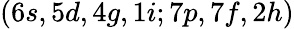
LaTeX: (6s,5d,4g,1i;7p,7f,2h)